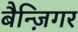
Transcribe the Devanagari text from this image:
बैन्ज़िगर